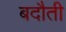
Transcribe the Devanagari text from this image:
बदौती